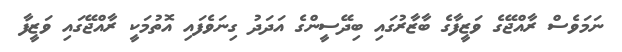
ނަމަވެސް ރާއްޖޭގެ ވަޒީފާގެ ބާޒާރުގައި ބިދޭސީންގެ އަދަދު ގިނަވެފައި އޮތުމަކީ ރާއްޖޭގައި ވަޒީފާ